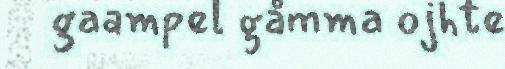
gaampel gåmma ojhte